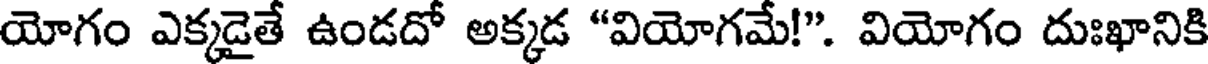
యోగం ఎక్కడైతే ఉండదో అక్కడ "వియోగమే!". వియోగం దుఃఖానికి